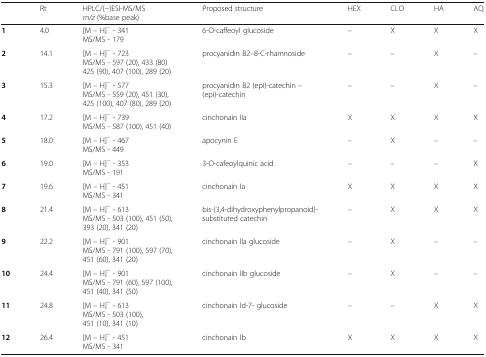
<table><thead><tr><td></td><td><b>Rt</b></td><td><b>HPLC/(−)ESI-MS/MS <i>m/z</i> (%base peak)</b></td><td><b>Proposed structure</b></td><td><b>HEX</b></td><td><b>CLO</b></td><td><b>HA</b></td><td><b>AQ</b></td></tr></thead><tbody><tr><td><b>1</b></td><td>4.0</td><td>[M – H]<sup>−</sup> - 341MS/MS - 179</td><td>6-O-caffeoyl glucoside</td><td>–</td><td>X</td><td>X</td><td>X</td></tr><tr><td><b>2</b></td><td>14.1</td><td>[M – H]<sup>−</sup> - 723MS/MS - 597 (20), 433 (80) 425 (90), 407 (100), 289 (20)</td><td>procyanidin B2–8-C-rhamnoside</td><td>–</td><td>–</td><td>X</td><td>–</td></tr><tr><td><b>3</b></td><td>15.3</td><td>[M – H]<sup>−</sup> - 577MS/MS - 559 (20), 451 (30), 425 (100), 407 (80), 289 (20)</td><td>procyanidin B2 (epi)-catechin – (epi)-catechin</td><td>–</td><td>–</td><td>X</td><td>–</td></tr><tr><td><b>4</b></td><td>17.2</td><td>[M – H]<sup>−</sup> - 739MS/MS - 587 (100), 451 (40)</td><td>cinchonain IIa</td><td>X</td><td>X</td><td>X</td><td>X</td></tr><tr><td><b>5</b></td><td>18.0</td><td>[M – H]<sup>−</sup> - 467MS/MS - 449</td><td>apocynin E</td><td>–</td><td>X</td><td>–</td><td>–</td></tr><tr><td><b>6</b></td><td>19.0</td><td>[M – H]<sup>−</sup> - 353MS/MS - 191</td><td>3-O-cafeoylquinic acid</td><td>–</td><td>–</td><td>–</td><td>X</td></tr><tr><td><b>7</b></td><td>19.6</td><td>[M – H]<sup>−</sup> - 451MS/MS - 341</td><td>cinchonain Ia</td><td>X</td><td>X</td><td>X</td><td>X</td></tr><tr><td><b>8</b></td><td>21.4</td><td>[M – H]<sup>−</sup> - 613MS/MS - 503 (100), 451 (50), 393 (20), 341 (20)</td><td>bis-(3,4-dihydroxyphenylpropanoid)-substituted catechin</td><td>–</td><td>X</td><td>X</td><td>X</td></tr><tr><td><b>9</b></td><td>22.2</td><td>[M – H]<sup>−</sup> - 901MS/MS - 791 (100), 597 (70), 451 (60), 341 (20)</td><td>cinchonain IIa glucoside</td><td>–</td><td>X</td><td>–</td><td>–</td></tr><tr><td><b>10</b></td><td>24.4</td><td>[M – H]<sup>−</sup> - 901MS/MS - 791 (60), 597 (100), 451 (40), 341 (50)</td><td>cinchonain IIb glucoside</td><td>–</td><td>X</td><td>–</td><td>–</td></tr><tr><td><b>11</b></td><td>24.8</td><td>[M – H]<sup>−</sup> - 613MS/MS - 503 (100), 451 (10), 341 (10)</td><td>cinchonain Id-7- glucoside</td><td>–</td><td>–</td><td>X</td><td>X</td></tr><tr><td><b>12</b></td><td>26.4</td><td>[M – H]<sup>−</sup> - 451MS/MS - 341</td><td>cinchonain Ib</td><td>X</td><td>X</td><td>X</td><td>X</td></tr></tbody></table>